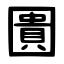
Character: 圚